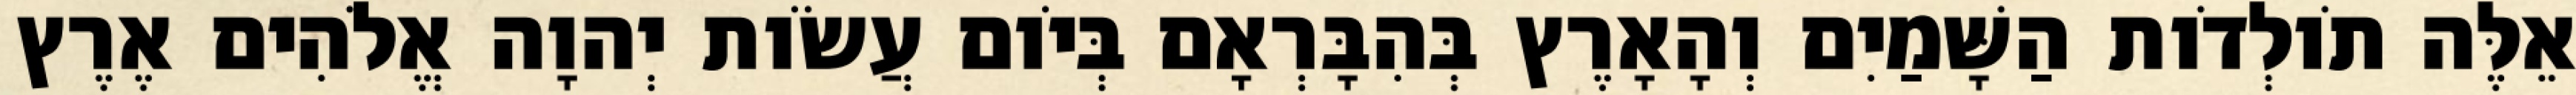
אֵלֶּה תֹולְדֹות הַשָּׁמַיִם וְהָאָרֶץ בְּהִבָּרְאָם בְּיֹום עֲשֹׂות יְהוָה אֱלֹהִים אֶרֶץ